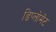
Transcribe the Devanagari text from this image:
डिप्लोमेंट